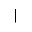
|